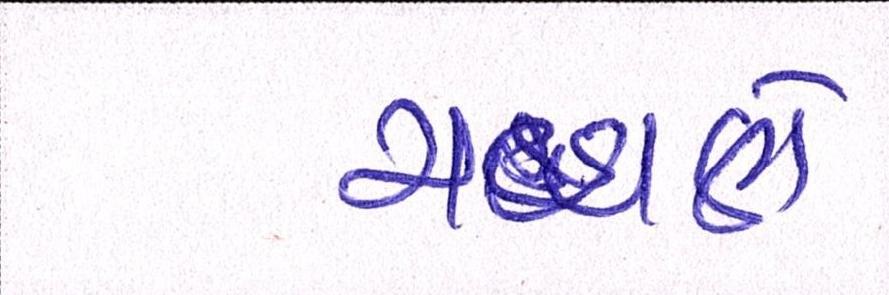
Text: ચવ્હાણે